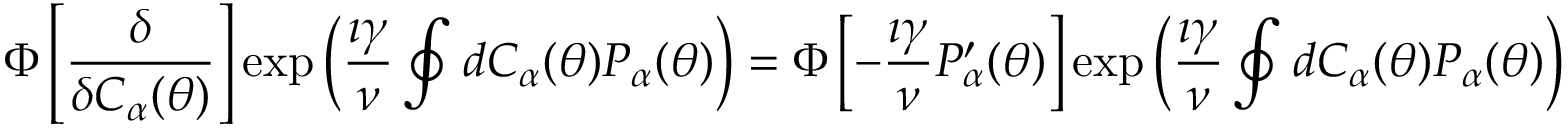
\Phi \left[ \frac { \delta } { \delta C _ { \alpha } ( \theta ) } \right] \exp \left( \frac { \imath \gamma } { \nu } \oint d C _ { \alpha } ( \theta ) P _ { \alpha } ( \theta ) \right) = \Phi \left[ - \frac { \imath \gamma } { \nu } P _ { \alpha } ^ { \prime } ( \theta ) \right] \exp \left( \frac { \imath \gamma } { \nu } \oint d C _ { \alpha } ( \theta ) P _ { \alpha } ( \theta ) \right)